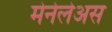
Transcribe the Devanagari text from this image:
मेनेलेअस